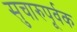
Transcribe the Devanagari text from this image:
सुचारुपूर्वक